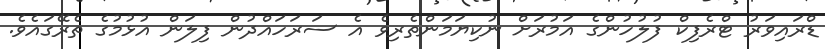
ޑްރައިވަރު ޓްރެފިކް ފުލުހުންގެ އަމުރަށް ނުކިޔަމަންތެރިވެ އެ ސަރަހައްދުން ފިލަން އުޅުމުގެ ތެރޭގައެވެ.